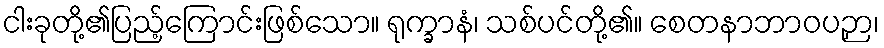
ငါးခုတို့၏ပြည့်ကြောင်းဖြစ်သော။ ရုက္ခာနံ၊ သစ်ပင်တို့၏။ စေတနာဘာဝပဉှာ၊